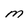
Character: M